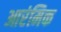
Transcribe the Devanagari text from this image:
आरंमिक